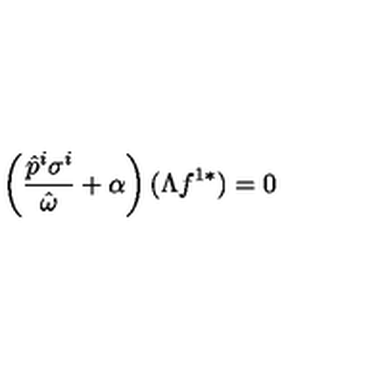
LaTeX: \left( \frac { \hat { p } ^ { i } \sigma ^ { i } } { \hat { \omega } } + \alpha \right) ( \Lambda f ^ { 1 * } ) = 0